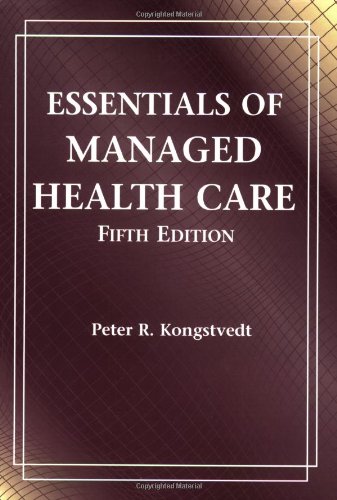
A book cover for Essentials of Managed Health Care, 5th Edition; Peter R. Kongstvedt; Medical Books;